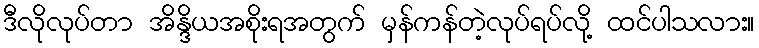
ဒီလိုလုပ်တာ အိန္ဒိယအစိုးရအတွက် မှန်ကန်တဲ့လုပ်ရပ်လို့ ထင်ပါသလား။